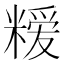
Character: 𮇳